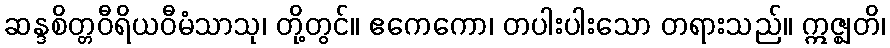
ဆန္ဒစိတ္တဝီရိယဝီမံသာသု၊ တို့တွင်။ ဧကေကော၊ တပါးပါးသော တရားသည်။ ဣဇ္ဈတိ၊